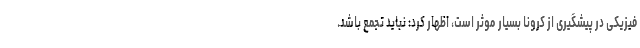
فیزیکی در پیشگیری از کرونا بسیار موثر است، اظهار کرد: نباید تجمع باشد.